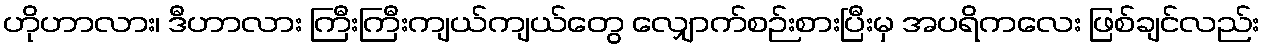
ဟိုဟာလား၊ ဒီဟာလား ကြီးကြီးကျယ်ကျယ်တွေ လျှောက်စဉ်းစားပြီးမှ အပရိကလေး ဖြစ်ချင်လည်း